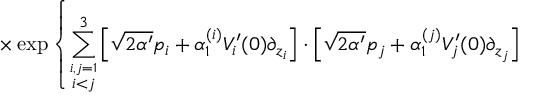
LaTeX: \times \exp \left\{ \sum _ { \stackrel { i , j = 1 } { i < j } } ^ { 3 } \left[ \sqrt { 2 \alpha ^ { \prime } } p _ { i } + \alpha _ { 1 } ^ { ( i ) } V _ { i } ^ { \prime } ( 0 ) \partial _ { z _ { i } } \right] \cdot \left[ \sqrt { 2 \alpha ^ { \prime } } p _ { j } + \alpha _ { 1 } ^ { ( j ) } V _ { j } ^ { \prime } ( 0 ) \partial _ { z _ { j } } \right] \right.